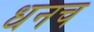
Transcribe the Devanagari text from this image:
धनच